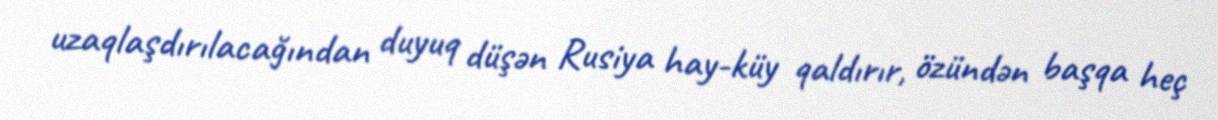
uzaqlaşdırılacağından duyuq düşən Rusiya hay-küy qaldırır, özündən başqa heç